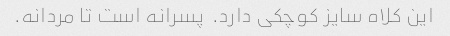
این کلاه سایز کوچکی دارد.  پسرانه است تا مردانه.